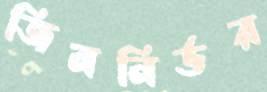
জিননির্ভর